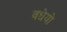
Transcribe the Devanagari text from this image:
वधेयो